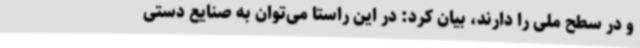
و در سطح ملی را دارند، بیان کرد: در این راستا می‌توان به صنایع دستی